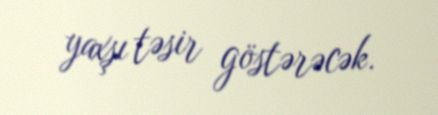
yaxşı təsir göstərəcək.